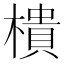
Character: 樻